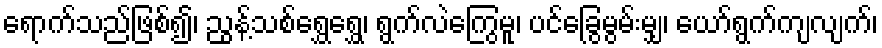
ရောက်သည်ဖြစ်၍၊ ညွန့်သစ်ရွှေရွှေ၊ ရွက်လဲကြွေမူ၊ ပင်ခြွေမွမ်းမျှ၊ ယော်ရွက်ကျလျက်၊